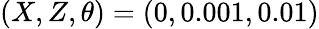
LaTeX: (X,Z,\theta)=(0,0.001,0.01)